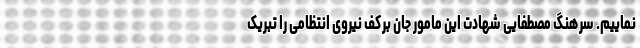
نماییم. سرهنگ مصطفایی شهادت این مامور جان برکف نیروی انتظامی را تبریک